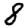
Digit: 8